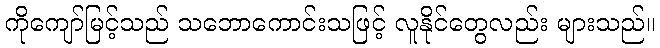
ကိုကျော်မြင့်သည် သဘောကောင်းသဖြင့် လူနိုင်တွေလည်း များသည်။